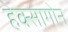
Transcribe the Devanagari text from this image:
हेक्सागोन